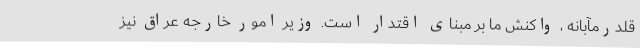
قلدرمآبانه ، واکنش ما بر مبنای اقتدار است. وزیر امور خارجه عراق نیز